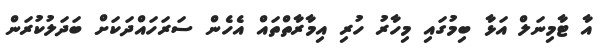
އާ ޓާމިނަލް އަޅާ ބިމުގައި މިހާރު ހުރި އިމާރާތްތައް އެހެން ސަރަހައްދަކަށް ބަދަލުކުރަން